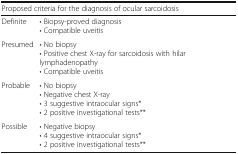
<table><thead><tr><td colspan="2"><b>Proposed criteria for the diagnosis of ocular sarcoidosis</b></td></tr></thead><tbody><tr><td>Definite</td><td>• Biopsy-proved diagnosis• Compatible uveitis</td></tr><tr><td>Presumed</td><td>• No biopsy• Positive chest X-ray for sarcoidosis with hilar lymphadenopathy• Compatible uveitis</td></tr><tr><td>Probable</td><td>• No biopsy• Negative chest X-ray• 3 suggestive intraocular signs*• 2 positive investigational tests**</td></tr><tr><td>Possible</td><td>• Negative biopsy• 4 suggestive intraocular signs*• 2 positive investigational tests**</td></tr></tbody></table>